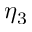
\eta _ { 3 }